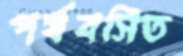
পর্যবসিত